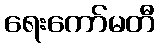
ရေးကော်မတီ